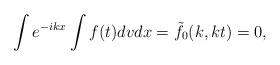
LaTeX: \begin{align*} \int e^{-ikx} \int f(t) dv dx = \tilde{f_0}(k,kt)=0, \end{align*}